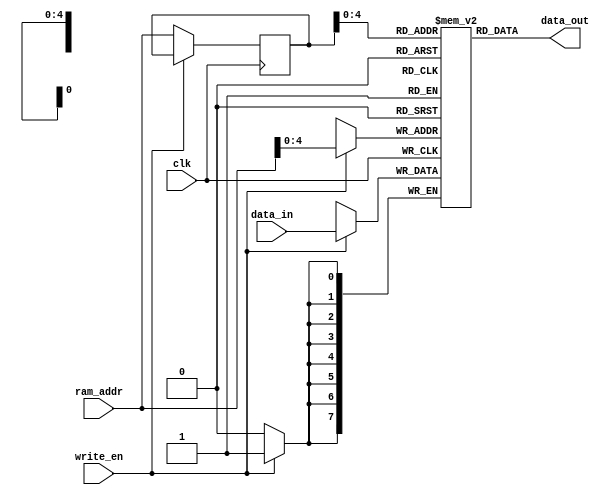
module sp_ram(data_in, ram_addr,write_en,clk,data_out);
input [7:0]data_in;
input [5:0] ram_addr;
input write_en;
input clk;
output [7:0]data_out;
reg [7:0] ram_mem[31:0]; 
  reg [5:0] addr_register;
always @(posedge clk)
begin
if (write_en)  
  ram_mem[ram_addr] <= data_in;
else 
  addr_register <= ram_addr;
end
assign data_out = ram_mem[addr_register];
endmodule